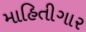
માહિતીગાર